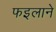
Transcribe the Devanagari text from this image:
फइलाने